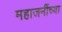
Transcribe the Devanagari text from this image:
महाजनींच्या